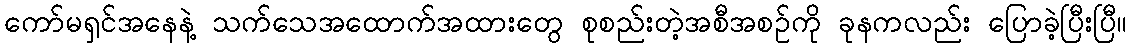
ကော်မရှင်အနေနဲ့ သက်သေအထောက်အထားတွေ စုစည်းတဲ့အစီအစဉ်ကို ခုနကလည်း ပြောခဲ့ပြီးပြီ။